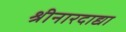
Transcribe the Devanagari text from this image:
श्रीनारदाद्या